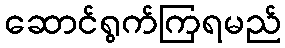
ဆောင်ရွက်ကြရမည်